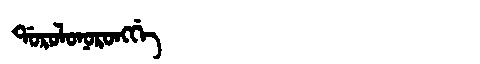
Manchu: ᡩᠣᡵᠣᠯᠣᠨᠣᡵᠣᠩᡤᡝ
Romanization: DOROLONORONGGE